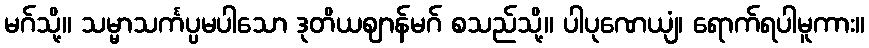
မဂ်သို့။ သမ္မာသင်္ကပ္ပမပါသော ဒုတိယဈာန်မဂ် စသည်သို့။ ပါပုဏေယျံ၊ ရောက်ရပါမူကား။